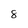
Character: 8